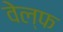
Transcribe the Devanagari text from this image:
वेल्फ